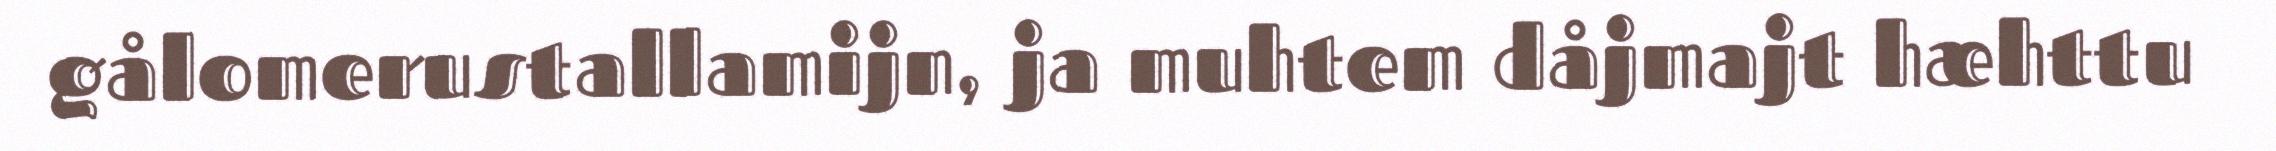
gålomerustallamijn, ja muhtem dåjmajt hæhttu